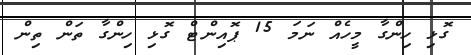
ގޮޅި ހިންގާ މީހެއް ނަމަ 15 ޕޮއިންޓް ގޮޅި ހިންގާ ތަން ތިން